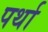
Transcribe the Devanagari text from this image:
पर्था